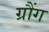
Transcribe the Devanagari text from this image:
ग्रौंग